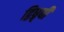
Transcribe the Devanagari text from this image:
द्विध्रृवी